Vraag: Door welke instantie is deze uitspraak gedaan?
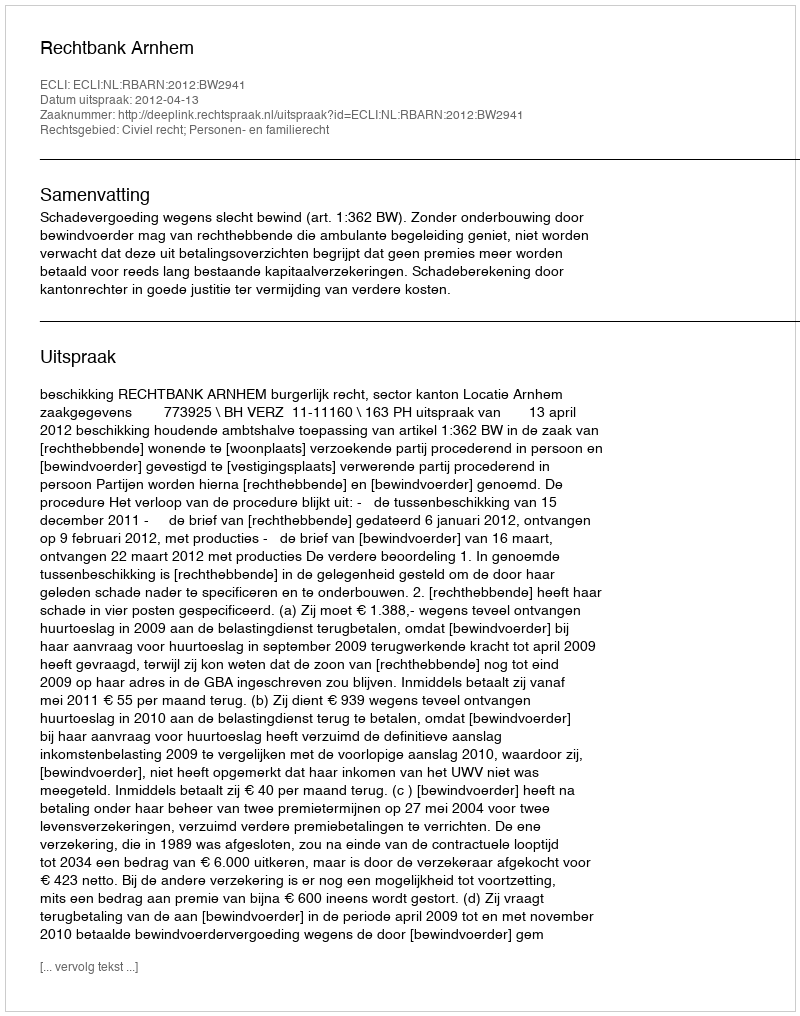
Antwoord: Rechtbank Arnhem